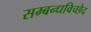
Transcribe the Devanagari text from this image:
सम्बन्धविच्छेद